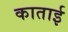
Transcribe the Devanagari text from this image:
काताई